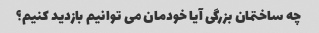
چه ساختمان بزرگی آیا خودمان می توانیم بازدید کنیم؟